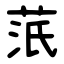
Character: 䓋